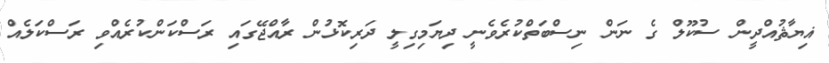
ޣިޔާޘުއްދީން ސުކޫލް ގެ ނަން ނިސްބަތްކުރެވެނީ ދިޔަމިގިލީ ދަރިކޮޅުން ރާއްޖޭގައި ރަސްކަންކުރެއްވި ރަސްކަލެއް